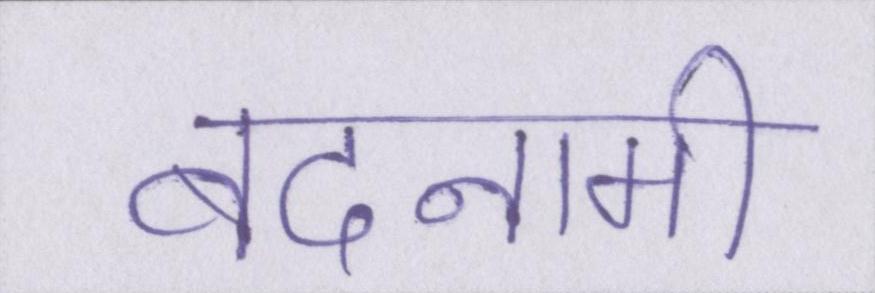
बदनामी